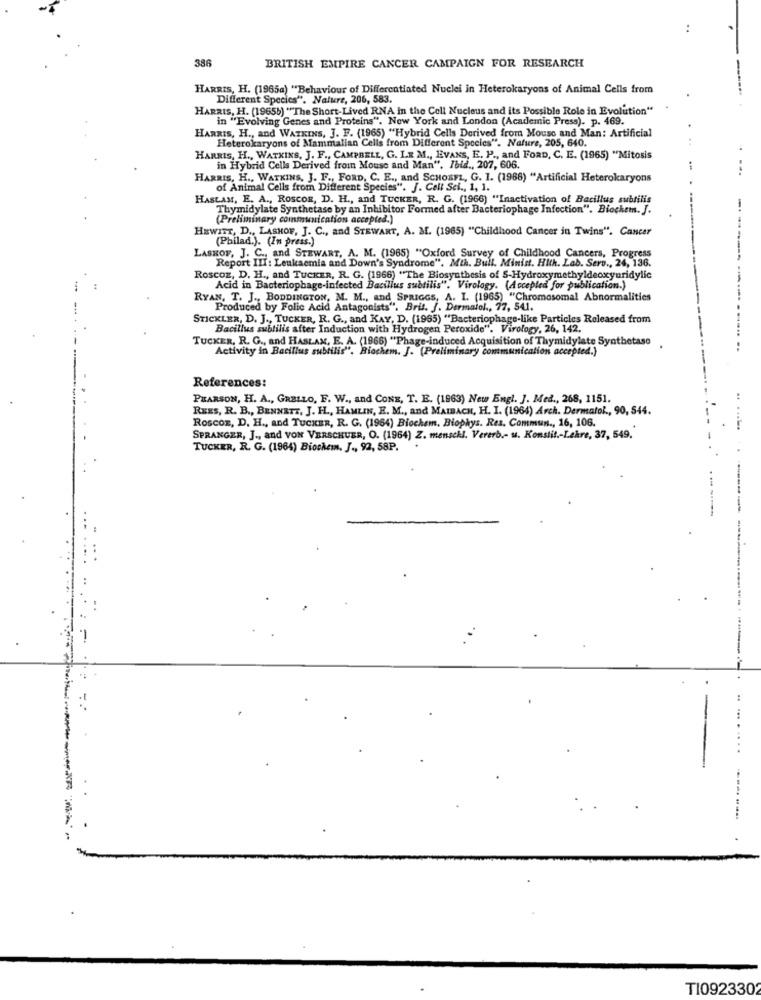
..
386
BRITISH EMPIRE CANCER CAMPAIGN FOR RESEARCH
HARRIS, H. (1965a) "Behaviour of Differentiated Nuclei in Heterokaryons of Animal Cells from
Different Species". Nature, 206, 583.
HARRIS, H. (1965b) ""The Short-Lived RNA in the Cell Nucleus and its Possible Role in Evolution"
in "Evolving Genes and Proteins". New York and London (Academic Press). p. 469.
HARRIS, H ., and WATKINS, J. F. (1965) "Hybrid Cells Derived from Mouse and Man: Artificial
Heterokaryons of Mammalian Cells from Different Species". Nature, 205, 640.
HARRIS, H ., WATKINS, J. F ., CAMPBELL, G. LE M ., EVANS, E. P ., and FORD, C. E. (1965) "Mitosis
in Hybrid Cells Derived from Mouse and Man". Ibid ., 207, 606.
...
HARRIS, H ., WATKINS, J. F ., FORD, C. E ., and SCHOsFL, G. 1. (1968) "Artificial Heterokaryons
of Animal Cells from Different Species". J. Cell Sei ., 1, 1.
HASLAM, E. A ., ROSCOE, D. H ., and TUCKER, R. G. (1966) "Inactivation of Bacillus subtilis
Thymidylate Synthetase by an Inhibitor Formed after Bacteriophage Infection". Biochem. J.
(Preliminary communication accepted.)
HEWITT, D ., LASHOF, J. C ., and STEWART, A. M. (1965) "Childhood Cancer in Twins". Cancer
(Philad.). (In press.)
LASHOF, J. C ., and STEWART, A. M. (1985) "Oxford Survey of Childhood Cancers, Progress
Report III: Leukaemia and Down's Syndrome". Mih. Bull. Minist. Hith. Lab. Sero ., 24, 136.
Roscoz, D. H ., and TUCKER, R. G. (1966) "The Biosynthesis of S-Hydroxymethyldeoxyuridylic
Acid in Bacteriophage-infected Bacillus subtilis". Virology. (Accepted for publication.)
RYAN, T. J ., BODDINGTON, M. M ., and SPRIGGS, A. I. (1965) "Chromosomal Abnormalities
Produced by Folic Acid Antagonists". Bris. J. Dermalol ., 77, 541.
STICKLER, D. J ., TUCKER, R. G ., and KAY, D. (1965) "Bacteriophage-like Particles Released from
Bacillus subtilis after Induction with Hydrogen Peroxide". Virology, 26, 142.
TUCKER, R. G ., and HASLAM, E. A. (1966) "Phage-induced Acquisition of Thymidylate Synthetase
Activity in Bacillus subtilis". Biochem. J. (Preliminary communication accepted.)
References:
PEARSON, H. A ., GRELLO, F. W ., and CONE, T. E. (1963) New Engl. J. Med ., 268, 1151.
REES, R. B ., BENNETT, J. H ., HAMLIN, E. M ., and MAIBACH, H. I. (1964) Arch. Dermatol ., 90, 544.
Roscox, D. H ., and TUCKER, R. G. (1964) Biochem. Biophys. Res, Commun ., 16, 106.
SPRANGER, J ., and VON VERSCHUER, O. (1964) Z. menschl. Vererb .- u. Konstit .- Lekre, 37, 549,
TUCKER, R. G. (1964) Biochem. J ., 92, 58P.
-------
TI092330